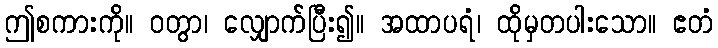
ဤစကားကို။ ဝတွာ၊ လျှောက်ပြီး၍။ အထာပရံ၊ ထိုမှတပါးသော။ ဧတံ